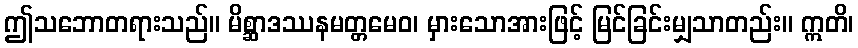
ဤသဘောတရားသည်။ မိစ္ဆာဒဿနမတ္တမေဝ၊ မှားသောအားဖြင့် မြင်ခြင်းမျှသာတည်း။ ဣတိ၊